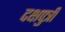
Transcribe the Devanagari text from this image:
दक्षपुत्री